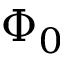
\Phi _ { 0 }